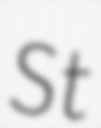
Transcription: St